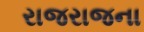
રાજરાજના